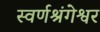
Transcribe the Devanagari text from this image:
स्वर्णश्रंगेश्वर